Vaccination report Assam 1874-1896 - 1874-1896
Year: 1874
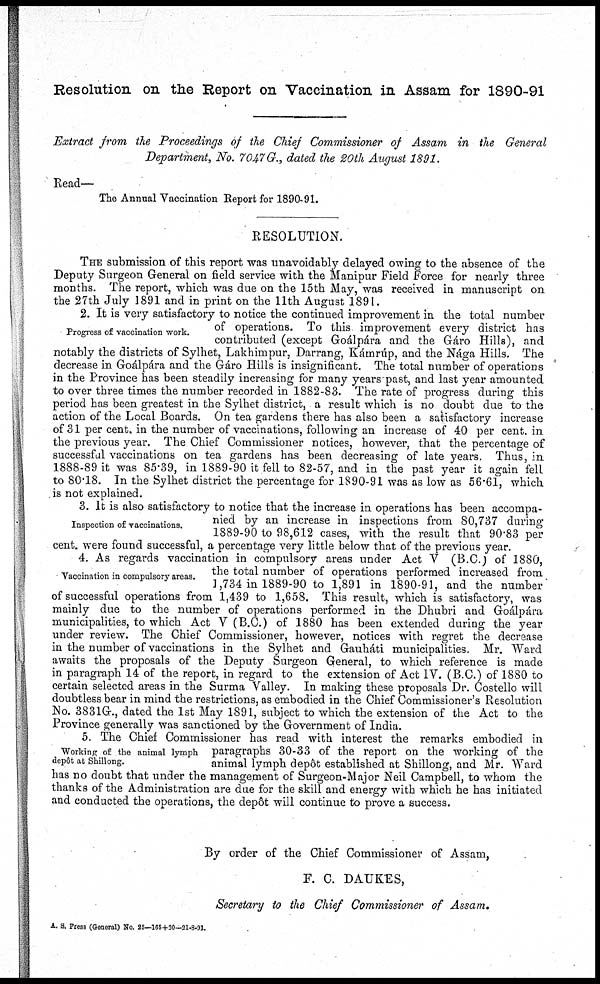
Resolution on the Report on Vaccination in Assam for 1890-91
Extract from the Proceedings of the Chief Commissioner of Assam in the General
Department, No. 7047 G., dated the 20th August 1891.
Read—
The Annual Vaccination Report for 1890-91.
RESOLUTION.
THE submission of this report was unavoidably delayed owing to the absence of the
Deputy Surgeon General on field service with the Manipur Field Force for nearly three
months. The report, which was due on the 15th May, was received in manuscript on
the 27th July 1891 and in print on the 11th August 1891.
Progress of vaccination work.
2. It is very satisfactory to notice the continued improvement in the total number
of operations. To this improvement every district has
contributed (except Goálpára and the Gáro Hills), and
notably the districts of Sylhet, Lakhimpur, Darrang, Kámrúp, and the Nága Hills. The
decrease in Goálpára and the Gáro Hills is insignificant. The total number of operations
in the Province has been steadily increasing for many years past, and last year amounted
to over three times the number recorded in 1882-83. The rate of progress during this
period has been greatest in the Sylhet district, a result which is no doubt due to the
action of the Local Boards. On tea gardens there has also been a satisfactory increase
of 31 per cent. in the number of vaccinations, following an increase of 40 per cent. in
the previous year. The Chief Commissioner notices, however, that the percentage of
successful vaccinations on tea gardens has been decreasing of late years. Thus, in
1888-89 it was 85.39, in 1889-90 it fell to 82-57, and in the past year it again fell
to 80.18. In the Sylhet district the percentage for 1890-91 was as low as 56.61, which
is not explained.
Inspection of vaccinations.
3. It is also satisfactory to notice that the increase in operations has been accompa-
nied by an increase in inspections from 80,737 during
1889-90 to 98,612 cases, with the result that 90.83 per
cent. were found successful, a percentage very little below that of the previous year.
Vaccination in compulsory areas.
4. As regards vaccination in compulsory areas under Act V (B.C.) of 1880,
the total number of operations performed increased from
1,734 in 1889-90 to 1,891 in 1890-91, and the number'
of successful operations from 1,439 to 1,658. This result, which is satisfactory, was
mainly due to the number of operations performed in the Dhubri and Goálpára
municipalities, to which Act V (B.C.) of 1880 has been extended during the year
under review. The Chief Commissioner, however, notices with regret the decrease
in the number of vaccinations in the Sylhet and Gauháti municipalities. Mr. Ward
awaits the proposals of the Deputy Surgeon General, to which reference is made
in paragraph 14 of the report, in regard to the extension of Act IV. (B.C.) of 1880 to
certain selected areas in the Surma Valley. In making these proposals Dr. Costello will
doubtless bear in mind the restrictions, as embodied in the Chief Commissioner's Resolution
No. 3831G., dated the 1st May 1891, subject to which the extension of the Act to the
Province generally was sanctioned by the Government of India.
Working of the animal lymph
depôt at Shillong.
5. The Chief Commissioner has read with interest the remarks embodied in
paragraphs 30-33 of the report on the working of the
animal lymph depôt established at Shillong, and Mr. Ward
has no doubt that under the management of Surgeon-Major Neil Campbell, to whom the
thanks of the Administration are due for the skill and energy with which he has initiated
and conducted the operations, the depôt will continue to prove a success.
By order of the Chief Commissioner of Assam,
F. C. DAUKES,
Secretary to the Chief Commissioner of Assam,
A. S. Press (General) No. 25—165+20—21-8-91.